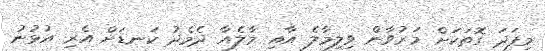
މިފަދަ ގޮތަކަށް މަރުވާން ވިލިމާލެ އާއި މާލެއާ ދެމެދު ކަނޑަށް އެރި އުޅުނު